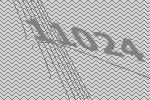
11024